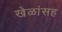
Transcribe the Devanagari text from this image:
खेळांसह